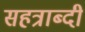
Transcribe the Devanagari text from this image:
सहत्राब्दी